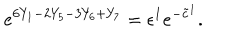
e ^ { 6 Y _ { 1 } - 2 Y _ { 5 } - 3 Y _ { 6 } + Y _ { 7 } } = \epsilon ^ { 1 } e ^ { - \tilde { c } ^ { 1 } } .